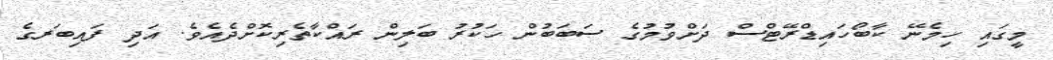
މީގައި ހިމެނޭ ކާބޯހައިޑްރޭޓްސް ދަށްވުމުގެ ސަބަބުން ހަކުރު ބަލިން ރައްކާތެރިކޮށްދެއެވެ. އަދި ފައިބަރގެ